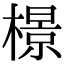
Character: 𬄣